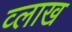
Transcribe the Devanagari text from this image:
व्लाख